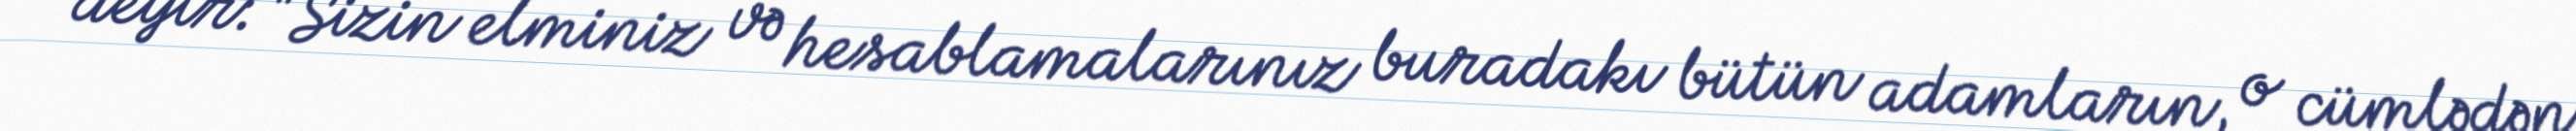
deyir: "Sizin elminiz və hesablamalarınız buradakı bütün adamların, o cümlədən